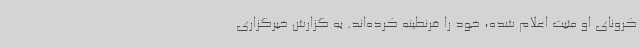
کرونای او مثبت اعلام شده، خود را قرنطینه کرده‌اند. به گزارش خبرگزاری